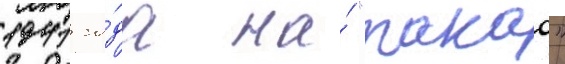
1941 го́да на́ "такао"